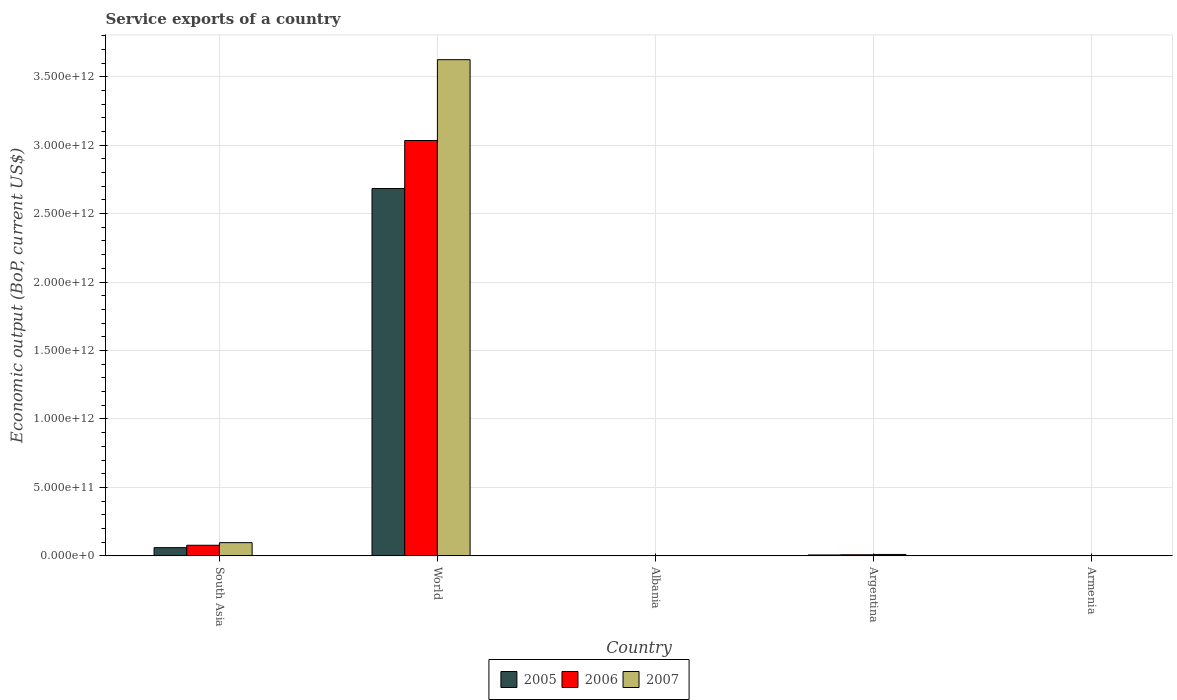
| Country | 2005 | 2006 | 2007 |
 | --- | --- | --- | --- |
 | South Asia | 5.98e+10 | 7.73e+10 | 9.64e+10 |
 | World | 2.68e+12 | 3.03e+12 | 3.62e+12 |
 | Albania | 1.27e+09 | 1.65e+09 | 2.1e+09 |
 | Argentina | 6.46e+09 | 7.84e+09 | 1.01e+10 |
 | Armenia | 4.3e+08 | 5.94e+08 | 7.64e+08 |